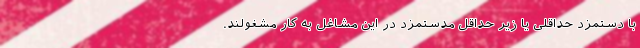
با دستمزد حداقلی یا زیر حداقل مدستمزد در این مشاغل به کار مشغولند.